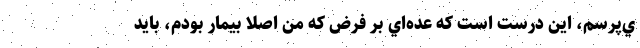
ي‌پرسم، اين درست است كه عده‌اي بر فرض كه من اصلا بيمار بودم، بايد